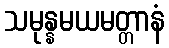
သမုန္နမယမတ္တာနံ